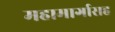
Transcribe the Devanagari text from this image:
महामार्गासह